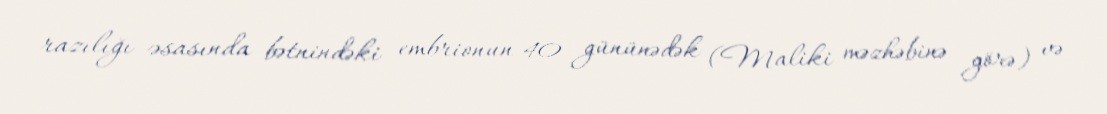
razılığı əsasında bətnindəki embrionun 40 gününədək (Maliki məzhəbinə görə) və